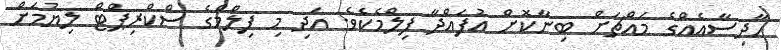
ހާދިސާއެއްގެ މައްޗަށް ބިނާކޮށް އުފައްދާ ފިލްމެކެވެ. އަދި މި ފިލްމްގެ ސްކްރިޕްޓް ލިޔުމަށް